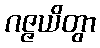
ဂဇ္ဇယိတွာ